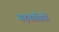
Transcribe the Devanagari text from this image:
सहवासियों